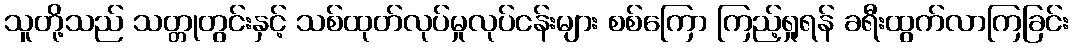
သူတို့သည် သတ္တုတွင်းနှင့် သစ်ထုတ်လုပ်မှုလုပ်ငန်းများ စစ်ကြော ကြည့်ရှုရန် ခရီးထွက်လာကြခြင်း